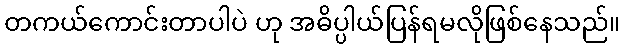
တကယ်ကောင်းတာပါပဲ ဟု အဓိပ္ပါယ်ပြန်ရမလိုဖြစ်နေသည်။